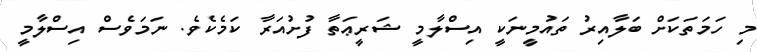
މި ހަމަތަކަށް ބަލާއިރު ތައުމީނަކީ އިސްލާމީ ޝަރީޢަތާ ފުށުއަރާ ކަމެކެވެ. ނަމަވެސް އިސްލާމީ